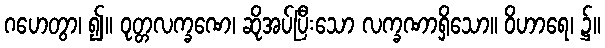
ဂဟေတွာ၊ ၍။ ဝုတ္တလက္ခဏေ၊ ဆိုအပ်ပြီးသော လက္ခဏာရှိသော။ ဝိဟာရေ၊ ၌။